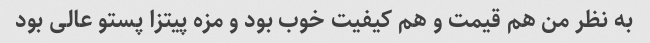
به نظر من هم قیمت و هم کیفیت خوب بود و مزه پیتزا پستو عالی بود